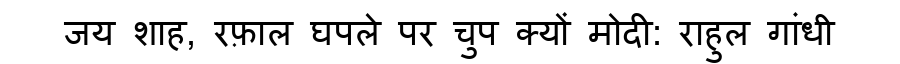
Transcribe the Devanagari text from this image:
जय शाह, रफ़ाल घपले पर चुप क्यों मोदी: राहुल गांधी